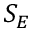
S _ { E }